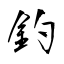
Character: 釣